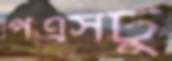
পিএসটু